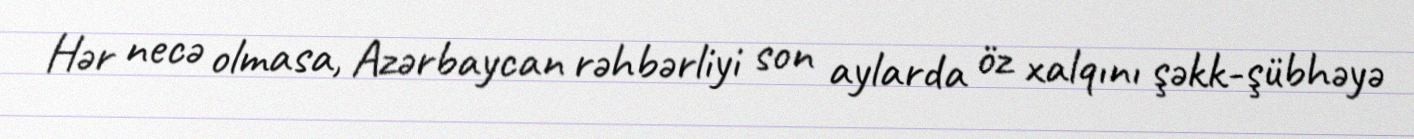
Hər necə olmasa, Azərbaycan rəhbərliyi son aylarda öz xalqını şəkk-şübhəyə